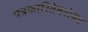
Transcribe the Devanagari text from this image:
पत्रकारितेबरोबर